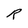
Character: R